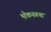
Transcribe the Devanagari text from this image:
भोकनळचा